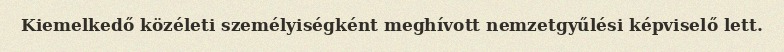
Kiemelkedő közéleti személyiségként meghívott nemzetgyűlési képviselő lett.